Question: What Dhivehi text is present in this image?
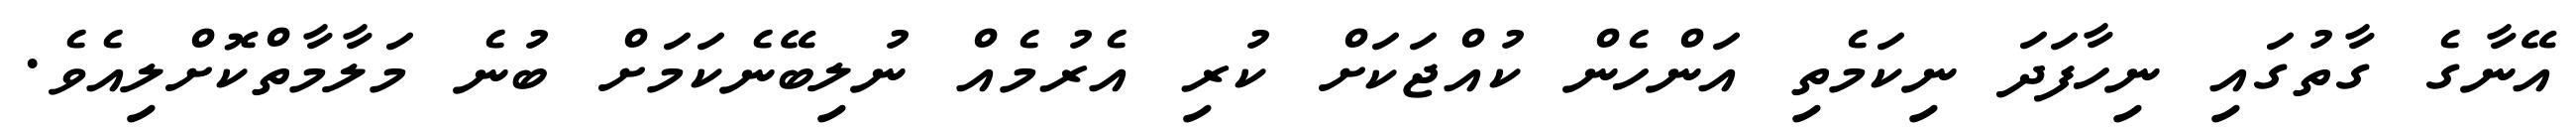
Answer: އޭނާގެ ގާތުގައި ނިހާފަދަ ނިކަމެތި އަންހެން ކުއްޖަކަށް ކުރި އެރުމެއް ނުލިބޭނެކަމަށް ބުނެ މަލާމާތްކޮށްލިއެވެ.